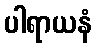
ပါရာယနံ